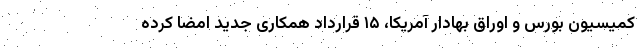
کمیسیون بورس و اوراق بهادار آمریکا، ۱۵ قرارداد همکاری جدید امضا کرده